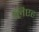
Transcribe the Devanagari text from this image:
लिएह